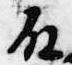
殿